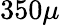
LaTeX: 350\mu